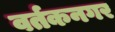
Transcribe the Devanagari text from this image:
वर्तकनगर